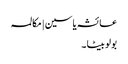
عائشہ یاسین | مکالمہ
بولو بیٹا ۔